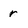
Character: r